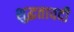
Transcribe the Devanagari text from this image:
शुद्धतावदी